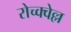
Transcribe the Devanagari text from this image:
रोच्क्वेल्ल